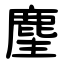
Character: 麈